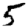
Digit: 5